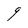
Character: g